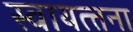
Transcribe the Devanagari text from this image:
स्वायत्त्तना